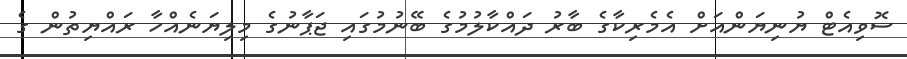
ސޮވިއެޓް ޔުނިޔަންއަށް އެމެރިކާގެ ބާރު ދައްކާލުމުގެ ބޭނުމުގައި ޖަޕާނުގެ މިލިޔަނެއްހާ ރައްޔިތުން ގެ